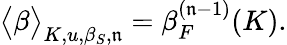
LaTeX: \big<\beta\big>_{K,u,\beta_{S},\mathfrak{n}}=\beta_{F}^{(\mathfrak{n}-1)}(K).